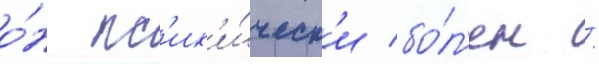
о́н пс'их'и́ческ'и бо́л'ен /